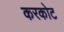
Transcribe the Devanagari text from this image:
करकोट